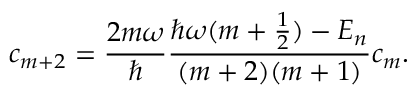
c _ { m + 2 } = \frac { 2 m \omega } { \hbar } \frac { \hbar \omega ( m + \frac { 1 } { 2 } ) - E _ { n } } { ( m + 2 ) ( m + 1 ) } c _ { m } .